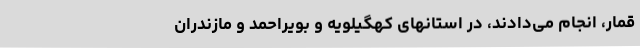
قمار، انجام می‌دادند، در استانهای کهگیلویه و بویراحمد و مازندران